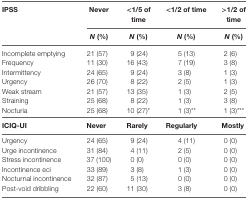
<table><thead><tr><td rowspan="3"><b>IPSS</b></td><td><b>Never</b></td><td><b>&lt;1/5 of time</b></td><td><b>&lt;1/2 of time</b></td><td><b>&gt;1/2 of time</b></td></tr><tr><td><b><i>N</i> (%)</b></td><td><b><i>N</i> (%)</b></td><td><b><i>N</i> (%)</b></td><td><b><i>N</i> (%)</b></td></tr></thead><tbody><tr><td>Incomplete emptying</td><td>21 (57)</td><td>9 (24)</td><td>5 (13)</td><td>2 (6)</td></tr><tr><td>Frequency</td><td>11 (30)</td><td>16 (43)</td><td>7 (19)</td><td>3 (8)</td></tr><tr><td>Intermittency</td><td>24 (65)</td><td>9 (24)</td><td>3 (8)</td><td>1 (3)</td></tr><tr><td>Urgency</td><td>26 (70)</td><td>8 (22)</td><td>2 (5)</td><td>1 (3)</td></tr><tr><td>Weak stream</td><td>21 (57)</td><td>13 (35)</td><td>1 (3)</td><td>2 (5)</td></tr><tr><td>Straining</td><td>25 (68)</td><td>8 (22)</td><td>1 (3)</td><td>3 (8)</td></tr><tr><td>Nocturia</td><td>25 (68)</td><td>10 (27)*</td><td>1 (3)**</td><td>1 (3)***</td></tr><tr><td><b>ICIQ-UI</b></td><td><b>Never</b></td><td><b>Rarely</b></td><td><b>Regularly</b></td><td><b>Mostly</b></td></tr><tr><td>Urgency</td><td>24 (65)</td><td>9 (24)</td><td>4 (11)</td><td>0 (0)</td></tr><tr><td>Urge incontinence</td><td>31 (84)</td><td>4 (11)</td><td>2 (5)</td><td>0 (0)</td></tr><tr><td>Stress incontinence</td><td>37 (100)</td><td>0 (0)</td><td>0 (0)</td><td>0 (0)</td></tr><tr><td>Incontinence eci</td><td>33 (89)</td><td>3 (8)</td><td>1 (3)</td><td>0 (0)</td></tr><tr><td>Nocturnal incontinence</td><td>32 (87)</td><td>5 (13)</td><td>0 (0)</td><td>0 (0)</td></tr><tr><td>Post-void dribbling</td><td>22 (60)</td><td>11 (30)</td><td>3 (8)</td><td>0 (0)</td></tr></tbody></table>